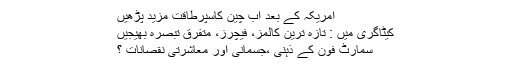
امریکہ کے بعد اب چین کاسپرطاقت مزید پڑھیں
کیٹاگری میں : تازہ ترین کالمز، فیچرز، متفرق تبصرہ بھیجیں
سمارٹ فون کے ذہنی ،جسمانی اور معاشرتی نقصانات ؟